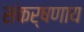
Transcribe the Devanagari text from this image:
संकर्षणाय